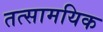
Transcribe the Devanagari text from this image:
तत्सामयिक